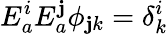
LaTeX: E_{a}^{i}E_{a}^{\mathbf{j}}\phi_{\mathbf{j}k}=\delta_{k}^{i}